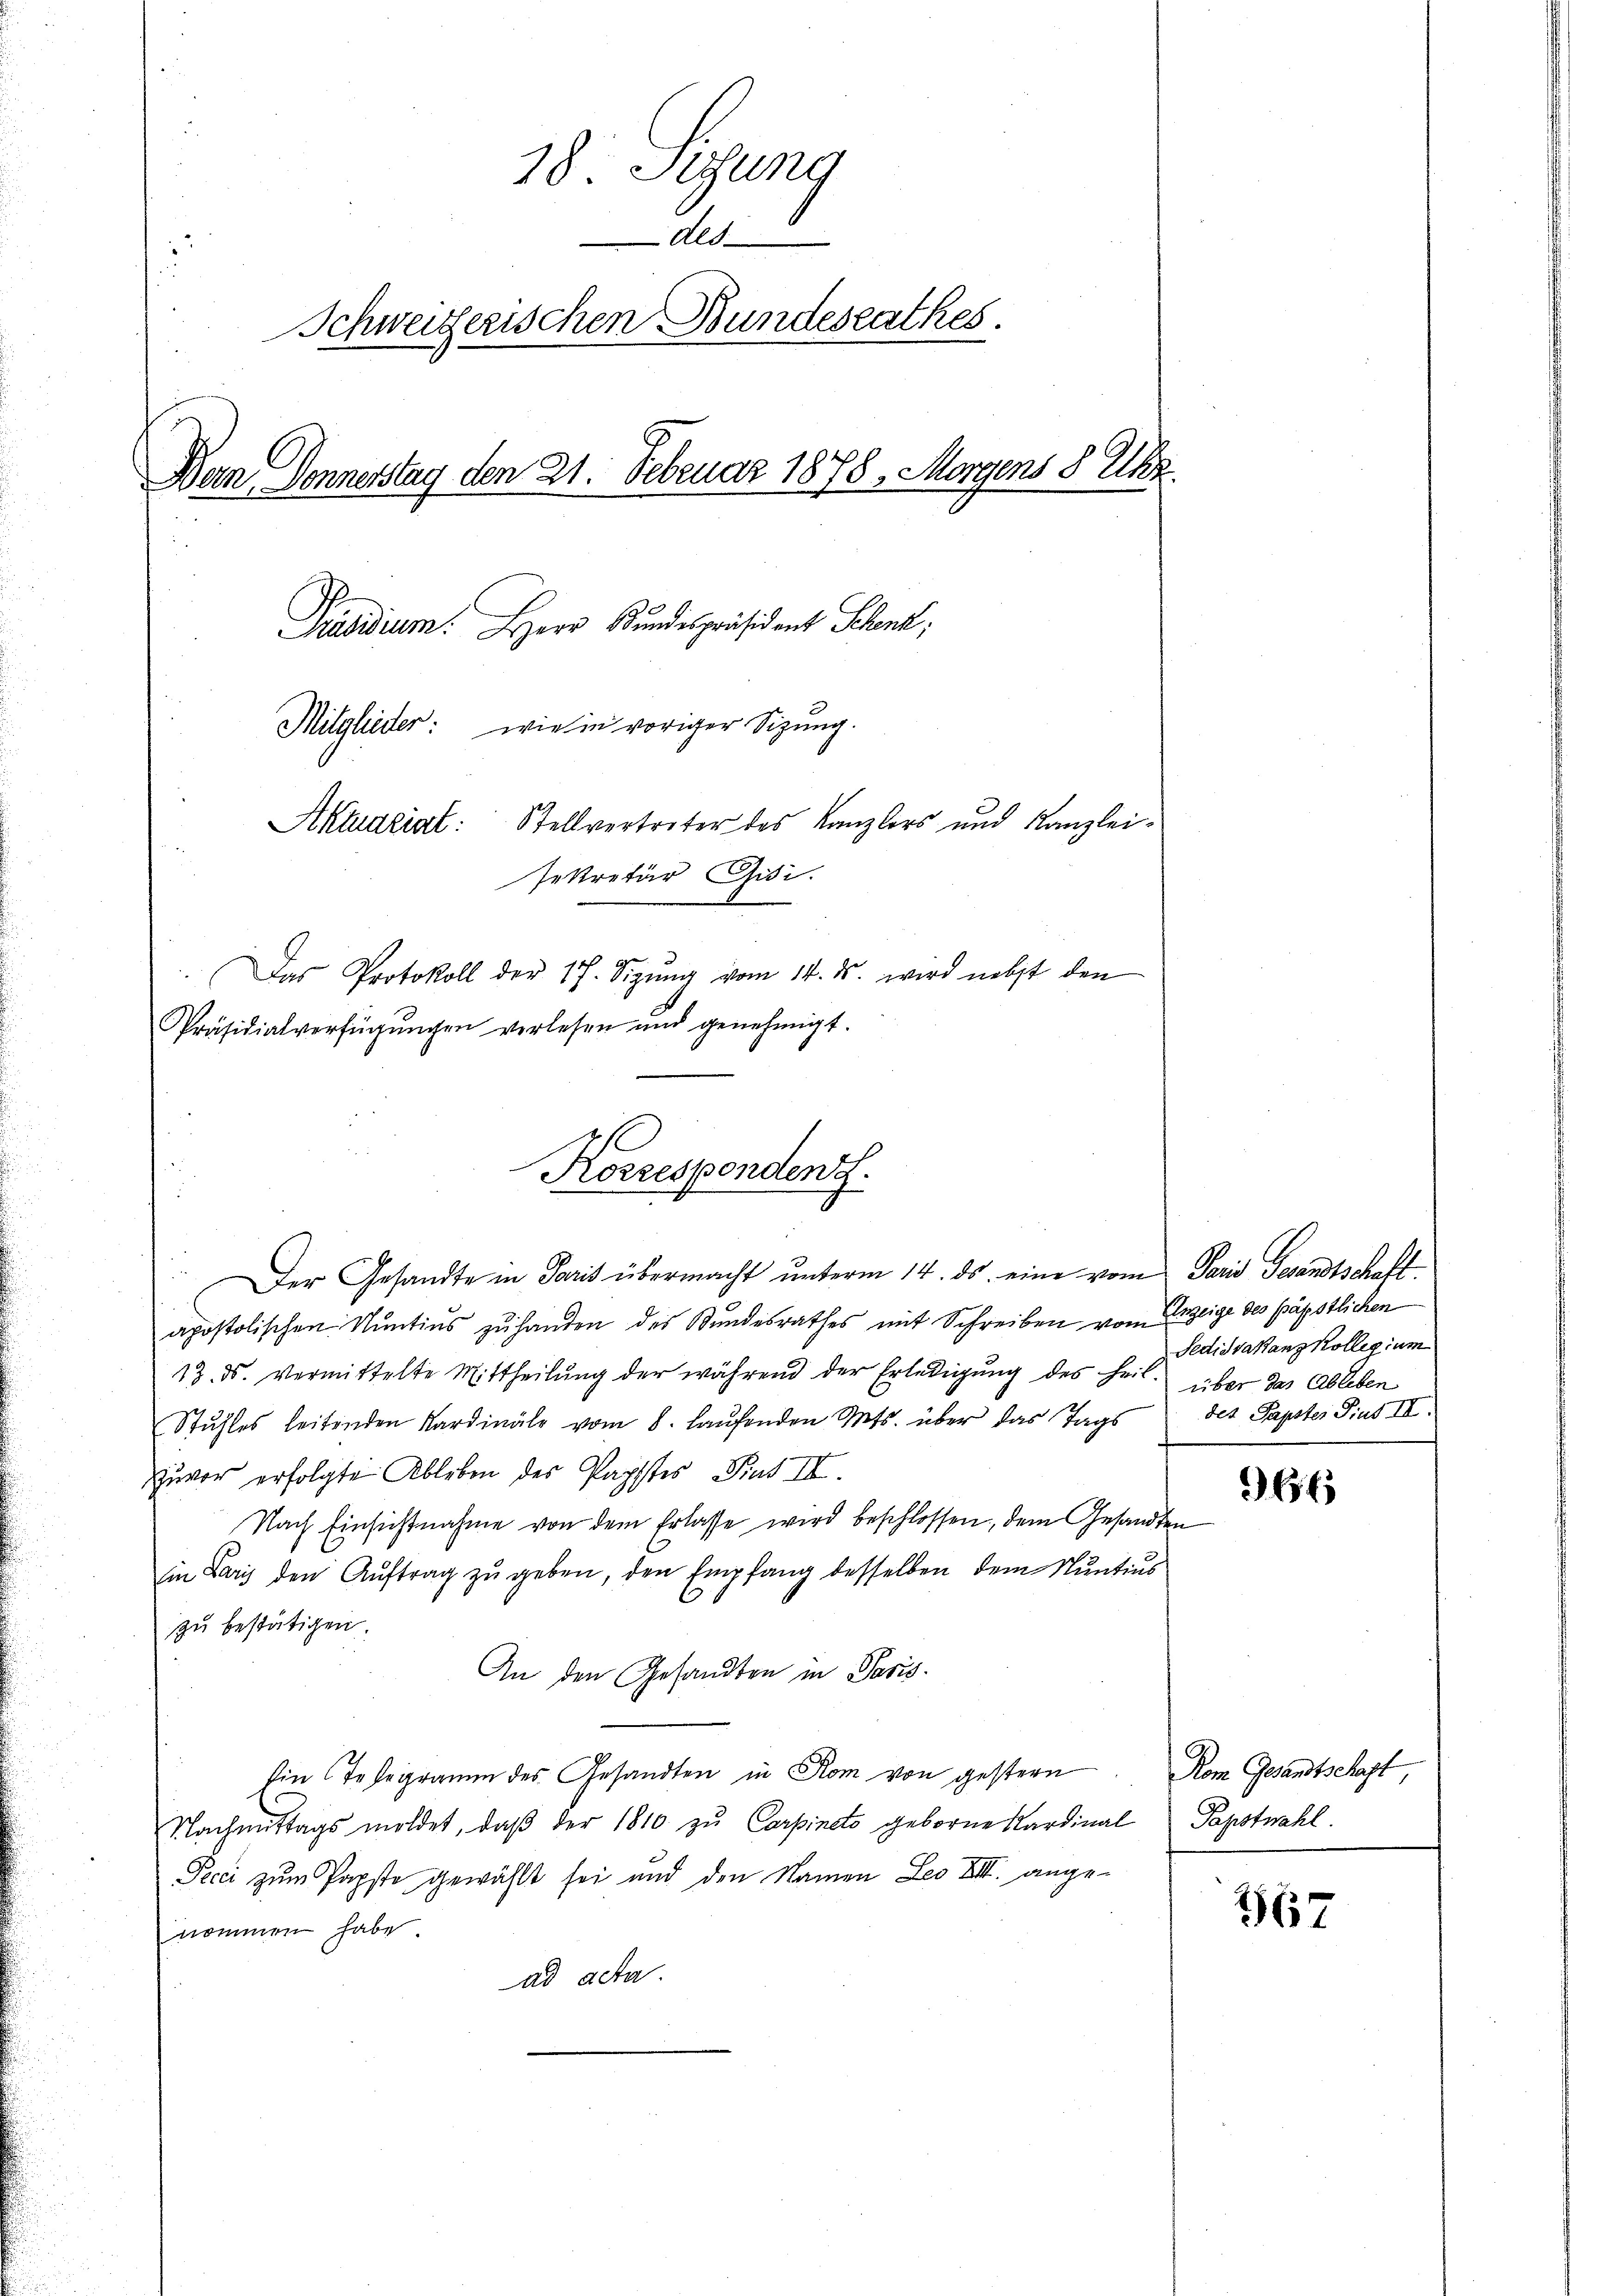
18 Sitzung
Als
Schweizerischen Bundesrathes.
Ben Donnerstag den 21. Februar 1878, Morgens 8 Ulk.
Präsidium. Herr Bundespräsident Schenk
Mitglieder: wie in voriger Sizung.
Aktuariat: Stellvertreter des Kanzlers und Kanzleisekretär Gisi.
.Das Protokoll der 17. Sizŭng vom 14. ds. wird nebst den
Präsidialverfügungen verlesen und genehmigt.

Korrespondenz.

apostolischen Nuntius zu handen des Bundesrathes mit Schreiben vom Anzeige des päpstlichen
13. ds. vermittelte Mittheilŭng der während der Erledigŭng des heil über das Ableben
Stuhles leitenden Kardinäle vom 8. Laŭfenden Mts. über das Tags
Zuvor erfolgte Ableben des Pachtes Prat III.
Nach Einsichtnahme von dem Erlasse wird beschlossen, dem Gesandten
in Paris den Auftrag zu geben, den Empfang besselben dem Nuntius
zu bestätigen.
An den Gesandten in Paris.
Ein Telegramm des Gesandten in Rom von gestern. Rom Gesandtschaft,
Nachmittags moldet, daβ der 1810 zu Carpinets geborne Kardinal Papstwahl.
Pecci zum Papste gewählt sei und den Namen Leo VIII. ange-
nommen habe.
ad acta.

Der Gesandte in Paris übermacht ŭnterm 14. ds. eine vom Paris Gesandtschaft

Fedidvakanz Kollegium
des Papster Pius II.

966

367